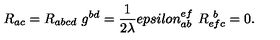
R _ { a c } = R _ { a b c d } \ g ^ { b d } = { \frac { 1 } { 2 \lambda } } e p s i l o n _ { a b } ^ { e f } \ R _ { e f c } ^ { \ b } = 0 .